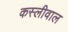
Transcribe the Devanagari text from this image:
कस्लीवाल